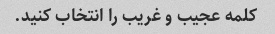
کلمه عجیب و غریب را انتخاب کنید.